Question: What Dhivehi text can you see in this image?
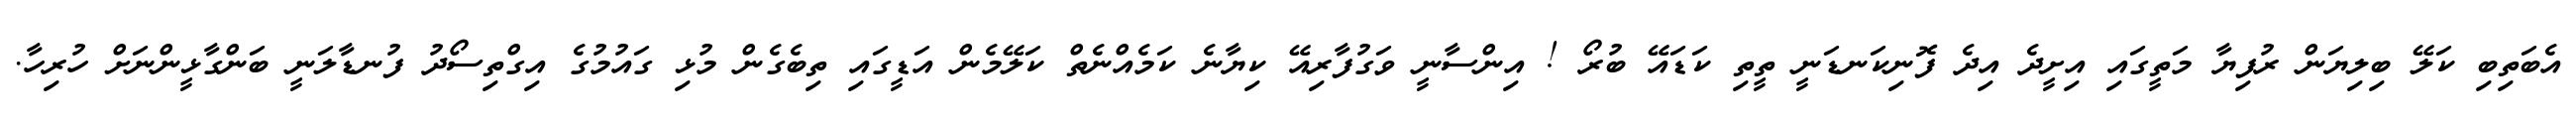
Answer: އެބަތިބި ކަލޭ ބިލިޔަން ރުފިޔާ މަތީގައި އިށީދެ އިދެ ފޮނިކަނޑަނީ ތީތި ކަޑައޭ ބުރޯ ! އިންސާނީ ވަގުފާރިއޭ ކިޔާނެ ކަމެއްނެތް ކަލޭމެން އަޑީގައި ތިބެގެން މުޅި ގައުމުގެ އިގްތިސޯދު ފުނޑާލަނީ ބަންގާޅީންނަށް ހުރިހާ.